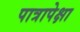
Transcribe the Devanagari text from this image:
पात्रापेक्षा